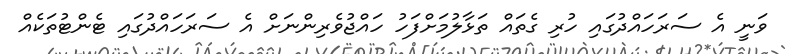
ވަނީ އެ ސަރަހައްދުގައި ހުރި ގެތައް ތަޅާލުމަށްފަހު ހައްޖުވެރިންނަށް އެ ސަރަހައްދުގައި ޓެންޓުތަކެއް